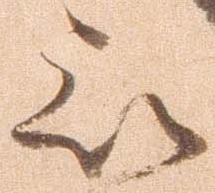
被